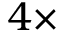
4 \times